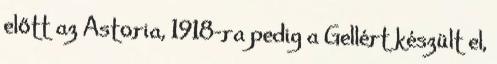
előtt az Astoria, 1918-ra pedig a Gellért készült el,